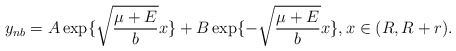
\begin{align*}y_{nb}=A \exp\{ \sqrt{\frac{\mu+E}{b}}x\}+B \exp\{ - \sqrt{\frac{\mu+E}{b}}x\}, x\in (R,R+r).\end{align*}